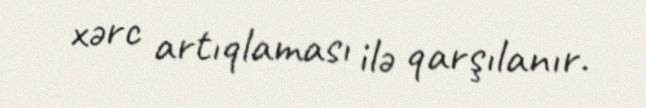
xərc artıqlaması ilə qarşılanır.